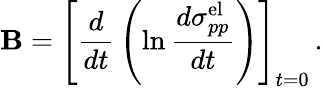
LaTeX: \mathbf{B}=\left[{\frac{{d}}{{dt}}}\left(\ln{\frac{{d\sigma_{pp}^{\mathrm{{el}}}}}{{dt}}}\right)\right]_{t=0}\, .